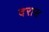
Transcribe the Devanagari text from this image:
दरास